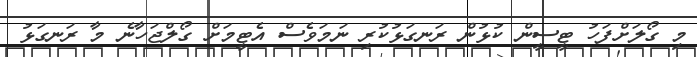
މި ގޯލަށްފަހު ޓީސީން ކުޅުން ރަނގަޅުކުރި ނަމަވެސް އެޓީމަށް ގޯލްޖަހާނެ މާ ރަނގަޅު